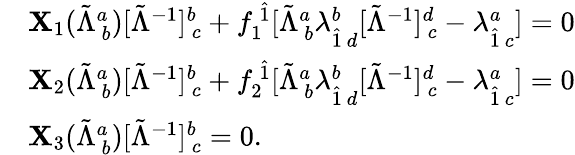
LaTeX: \begin{array}{r}{\begin{array}{rl}&{{\mathbf X}_{1}(\tilde{\Lambda}_{~b}^{a})[\tilde{\Lambda}^{-1}]_{~c}^{b}+f_{1}^{~\hat{1}}[\tilde{\Lambda}_{~b}^{a}\lambda_{\hat{1}~d}^{b}[\tilde{\Lambda}^{-1}]_{~c}^{d}-\lambda_{\hat{1}~c}^{a}]=0}\\ &{{\mathbf X}_{2}(\tilde{\Lambda}_{~b}^{a})[\tilde{\Lambda}^{-1}]_{~c}^{b}+f_{2}^{~\hat{1}}[\tilde{\Lambda}_{~b}^{a}\lambda_{\hat{1}~d}^{b}[\tilde{\Lambda}^{-1}]_{~c}^{d}-\lambda_{\hat{1}~c}^{a}]=0}\\ &{{\mathbf X}_{3}(\tilde{\Lambda}_{~b}^{a})[\tilde{\Lambda}^{-1}]_{~c}^{b}=0.}\end{array}}\end{array}